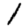
Digit: 1